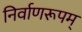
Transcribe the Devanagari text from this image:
निर्वाणरूपम्